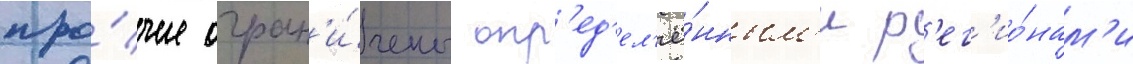
про́чие огран'и́чены опр'ед'ел'ё́нным'и р'ег'ио́нам'и